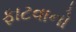
ફાટવાનો